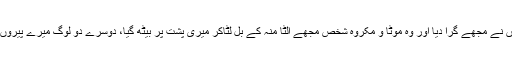
چنانچہ ظالموں نے مجھے گرا دیا اور وہ موٹا و مکروہ شخص مجھے الٹا منہ کے بل لٹاکر میری پشت پر بیٹھ گیا، دوسرے دو لوگ میرے پیروں پر بیٹھ گئے۔